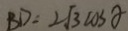
B D = 2 \sqrt { 3 } \cos \alpha